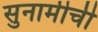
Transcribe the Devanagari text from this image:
सुनामीची